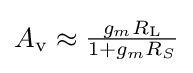
{A_{\mathrm {v} }}\approx {\begin{matrix}{\frac {g_{m}R_{\mathrm {L} }}{1+g_{m}R_{S}}}\end{matrix}}